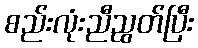
စည်းလုံးညီညွတ်ပြီး